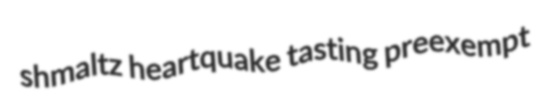
shmaltz heartquake tasting preexempt